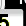
Digit: 5